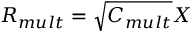
R _ { m u l t } = \sqrt { C _ { m u l t } } X